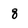
Character: 8